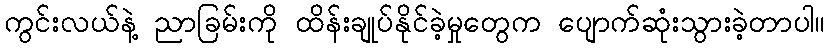
ကွင်းလယ်နဲ့ ညာခြမ်းကို ထိန်းချုပ်နိုင်ခဲ့မှုတွေက ပျောက်ဆုံးသွားခဲ့တာပါ။